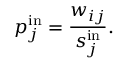
p _ { j } ^ { \mathrm { i n } } = \frac { w _ { i j } } { s _ { j } ^ { \mathrm { i n } } } .